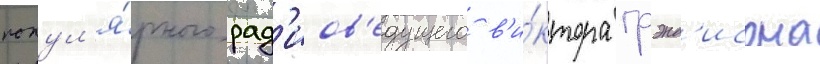
попул'я́рного рад'иов'едущего в'и́ктора грэнд'исона